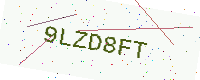
Text: 9LZD8FT